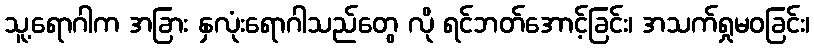
သူ့ရောဂါက အခြား နှလုံးရောဂါသည်တွေ လို ရင်ဘတ်အောင့်ခြင်း၊ အသက်ရှုမဝခြင်း၊